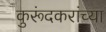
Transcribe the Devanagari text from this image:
कुरूंदकरांच्या